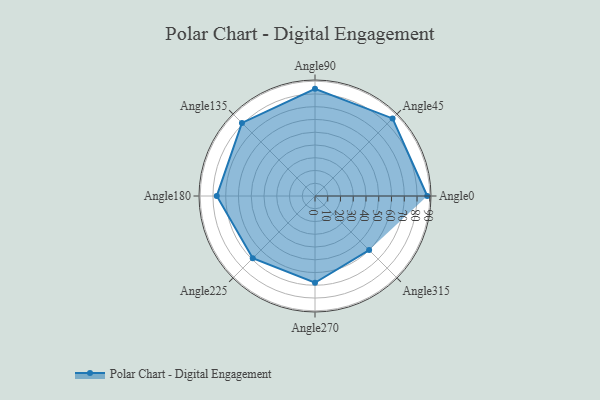
{"axis": {"x": "Angle", "y": "Radius"}, "legend": [""], "data": [{"x": "Angle0", "y": 88.0, "type": ""}, {"x": "Angle45", "y": 86.0, "type": ""}, {"x": "Angle90", "y": 84.0, "type": ""}, {"x": "Angle135", "y": 81.0, "type": ""}, {"x": "Angle180", "y": 77.0, "type": ""}, {"x": "Angle225", "y": 69.0, "type": ""}, {"x": "Angle270", "y": 68.0, "type": ""}, {"x": "Angle315", "y": 60.0, "type": ""}]}